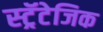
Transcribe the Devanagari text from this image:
स्ट्रॅटेजिक